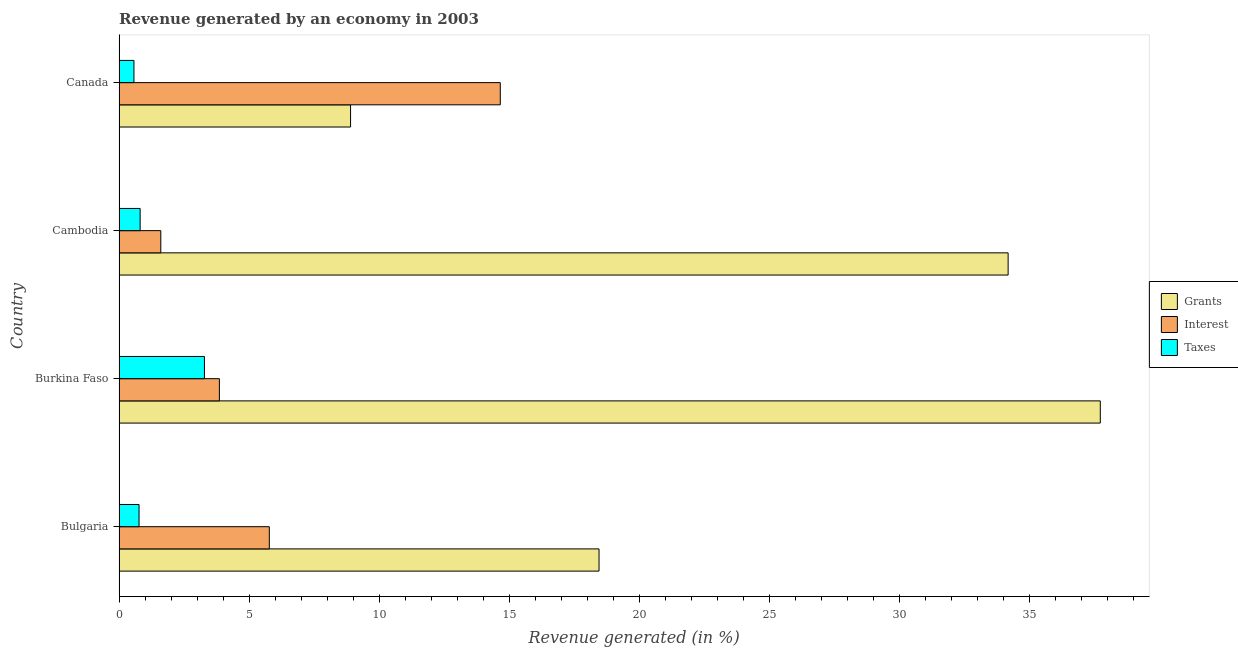
| Country | Grants | Interest | Taxes |
 | --- | --- | --- | --- |
 | Bulgaria | 18.4 | 5.78 | 0.769 |
 | Burkina Faso | 37.7 | 3.86 | 3.28 |
 | Cambodia | 34.2 | 1.6 | 0.81 |
 | Canada | 8.9 | 14.7 | 0.573 |